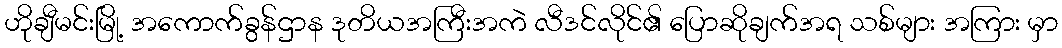
ဟိုချီမင်းမြို့ အကောက်ခွန်ဌာန ဒုတိယအကြီးအကဲ လီဒင်လိုင်၏ ပြောဆိုချက်အရ သစ်များ အကြား မှာ